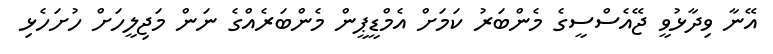
އޭނާ ވިދާޅުވީ ޖޭއެސްސީގެ މެންބަރު ކަމަށް އެމްޑީޕީން މެންބަރެއްގެ ނަން މަޖިލީހަށް ހުށަހެޅި